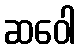
ဆဝေါ